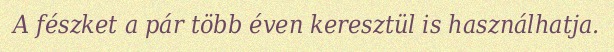
A fészket a pár több éven keresztül is használhatja.